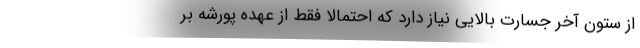
از ستون آخر جسارت بالایی نیاز دارد که احتمالا فقط از عهده پورشه بر